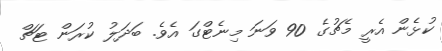
ކުޅެން އެރީ މެޗުގެ 90 ވަނަ މިނެޓްގަ އެވެ. ބަދަލު ކުރަން ޓަޗް